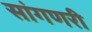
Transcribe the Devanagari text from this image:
सांगणरी